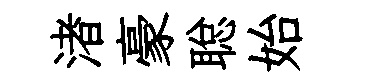
渚豪聪始